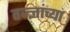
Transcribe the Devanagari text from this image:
तज्ज्ञांच्‍या